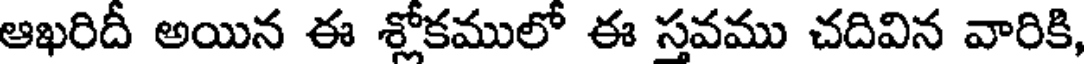
ఆఖరిదీ అయిన ఈ శ్లోకములో ఈ స్తవము చదివిన వారికి,